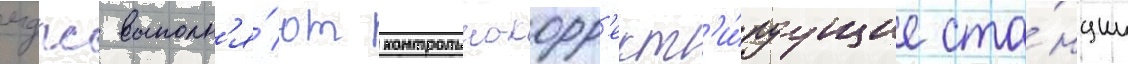
мдпс выполн'я́ют контрольно-корр'ект'и́руущие ста́нции